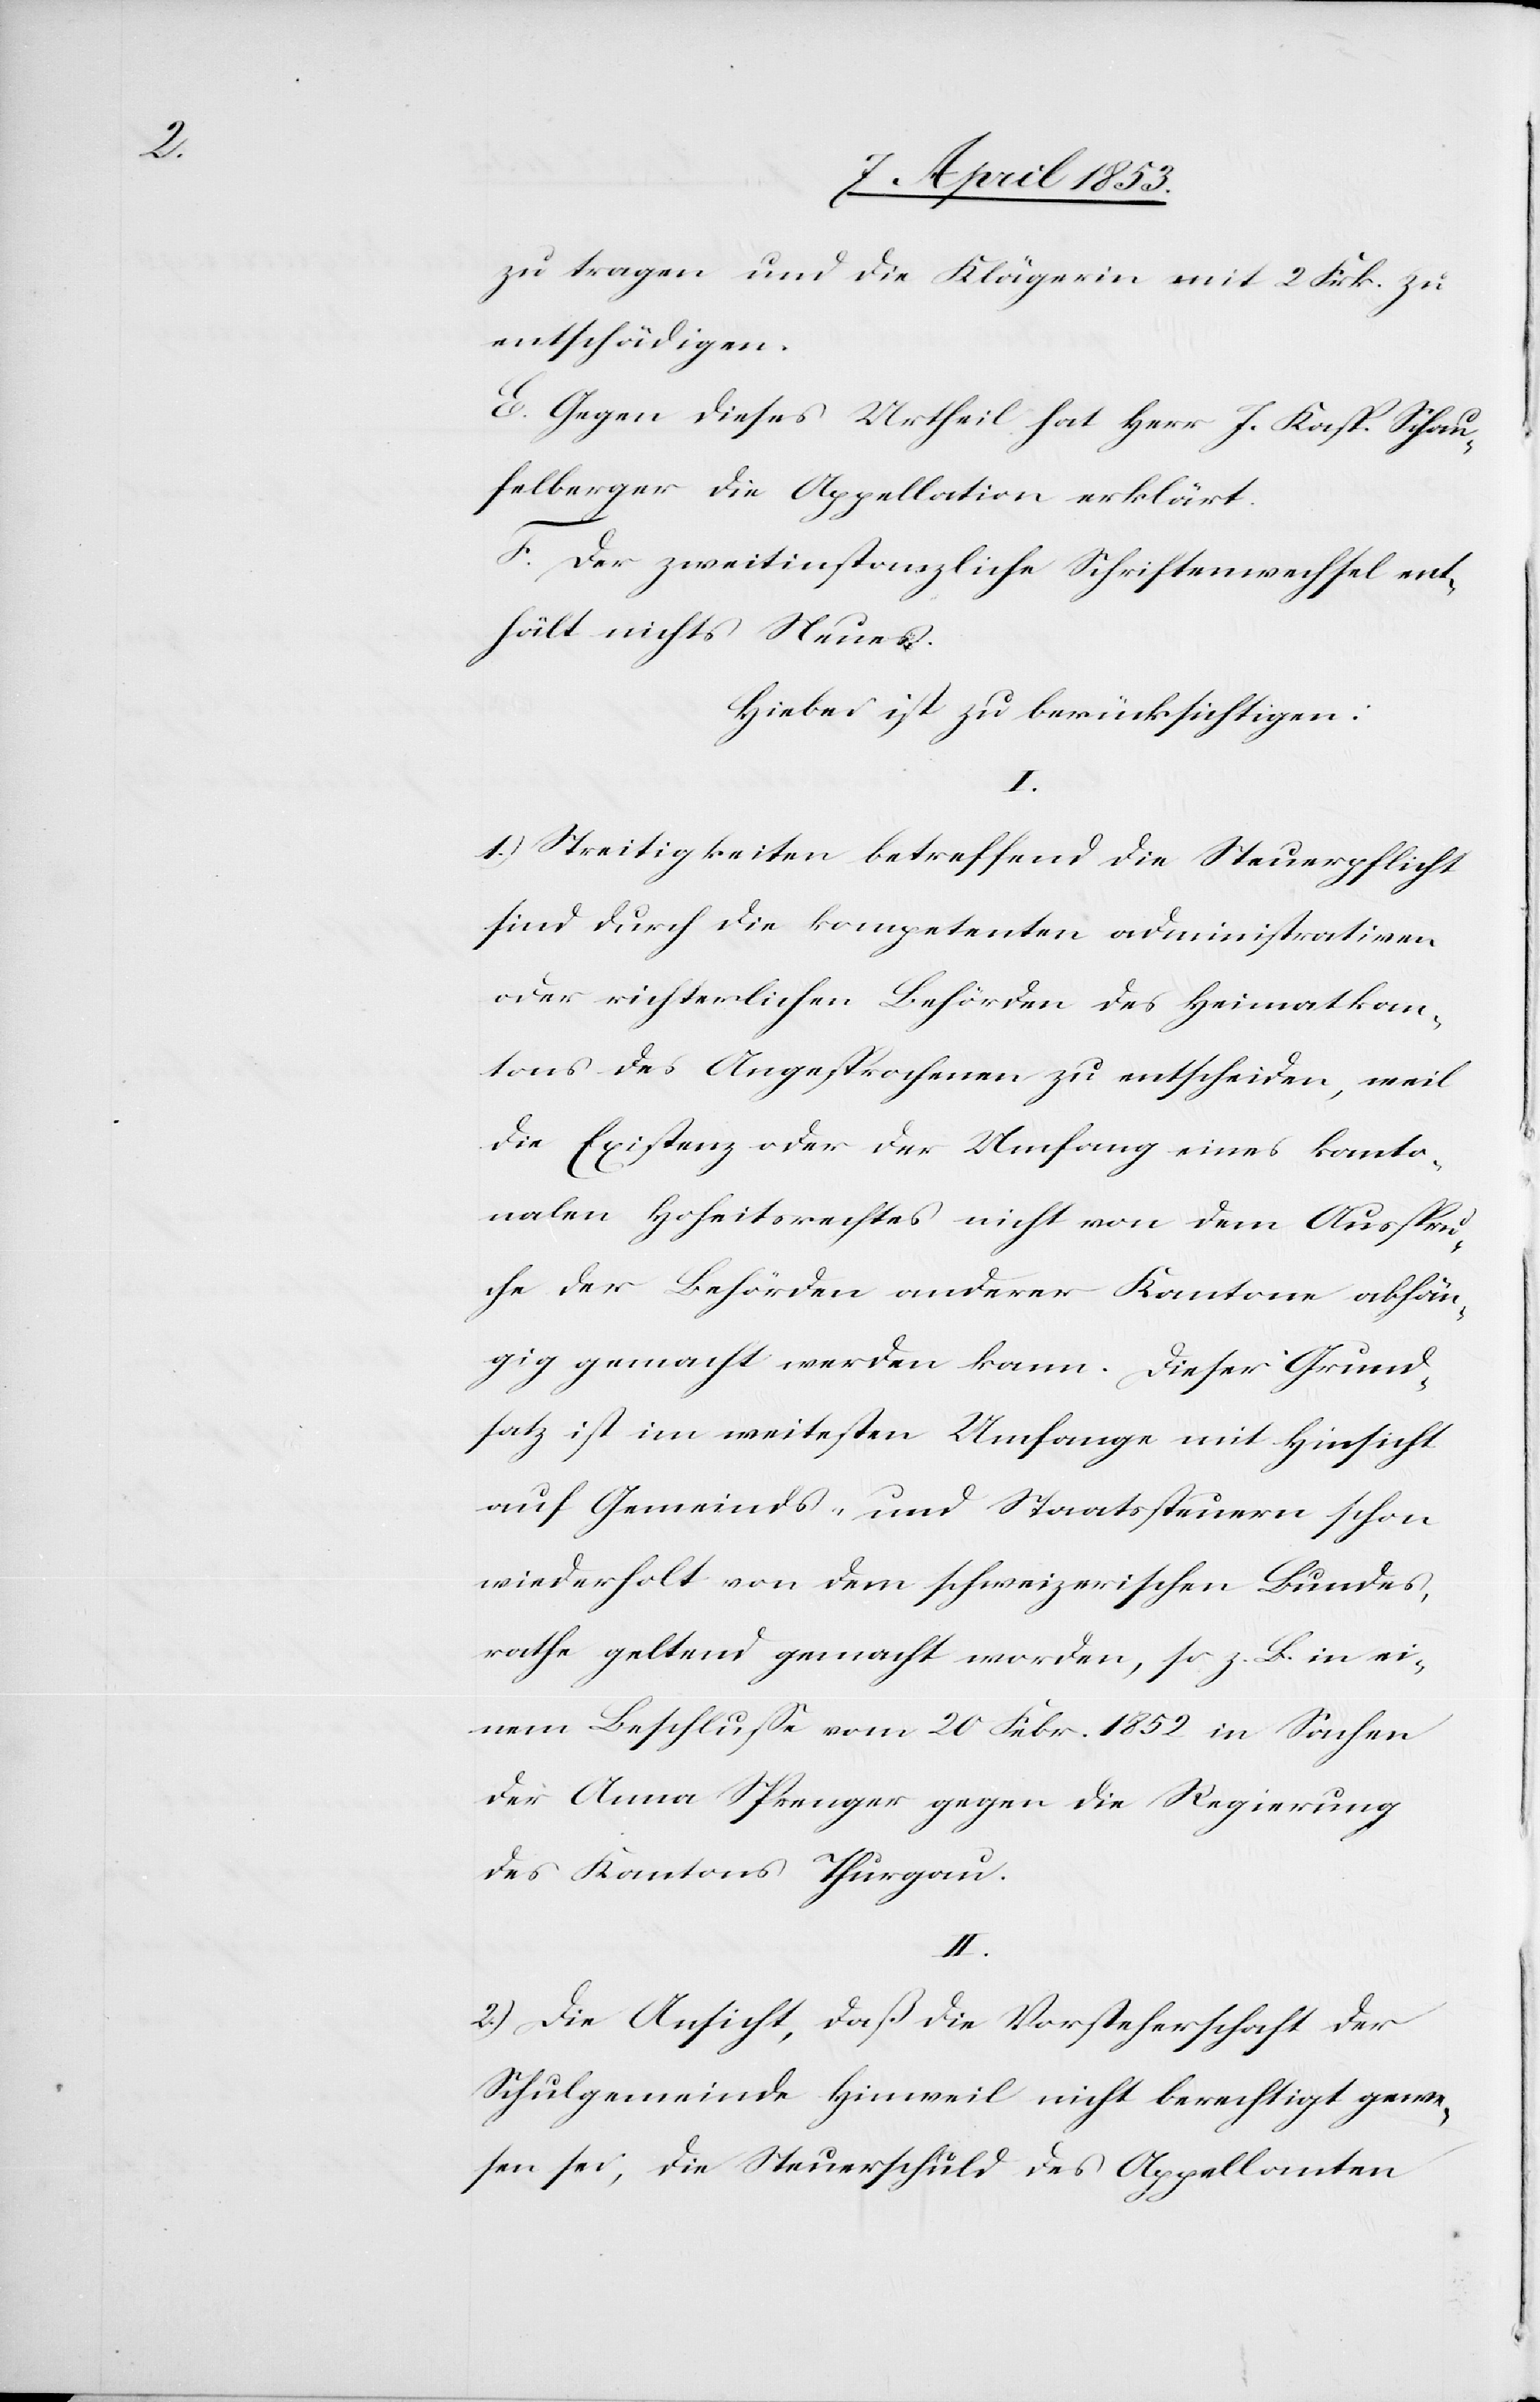
zu tragen und die Klägerin mit 2 Frk. zu
entschädigen.
E. Gegen dieses Urtheil hat Herr J. Kasp. Schau¬
felberger die Appellation erklärt.
F. Der zweitinstanzliche Schriftenwechsel ent¬
hält nichts Neues.
Hiebei ist zu berücksichtigen:
I.
1.) Streitigkeiten betreffend die Steuerpflicht
sind durch die kompetenten administrativen
oder richterlichen Behörden des Heimatkan¬
tons des Angesprochenen zu entscheiden, weil
die Existenz oder der Umfang eines kanto¬
nalen Hoheitsrechtes nicht von dem Ausspru¬
che der Behörden anderer Kantone abhän¬
gig gemacht werden kann. Dieser Grund¬
satz ist im weitesten Umfange mit Hinsicht
auf Gemeinds- und Staatssteuern schon
wiederholt von dem schweizerischen Bundes¬
rathe geltend gemacht worden, so z. B. in ei¬
nem Beschluße vom 20 Febr. 1852 in Sachen
der Anna Sprenger gegen die Regierung
des Kantons Thurgau.
II.
2.) Die Ansicht, daß die Vorsteherschaft der
Schulgemeinde Hinweil nicht berechtigt gewe¬
sen sei, die Steuerschuld des Appellanten